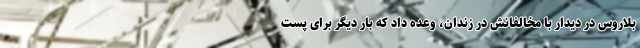
بلاروس در دیدار با مخالفانش در زندان، وعده داد که بار دیگر برای پست